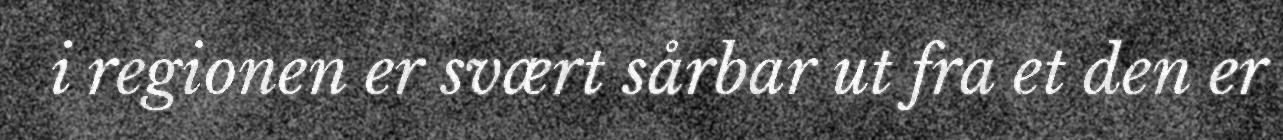
i regionen er svært sårbar ut fra et den er